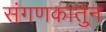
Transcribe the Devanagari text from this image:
संगणकातुन